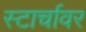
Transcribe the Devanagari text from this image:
स्टार्चावर